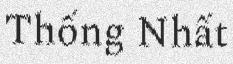
Thống Nhất